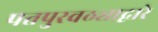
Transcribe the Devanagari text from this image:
पतपुरवठ्याद्वारे